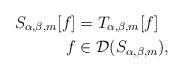
\begin{align*}S_{\alpha,\beta,m}[f] & =T_{\alpha, \beta,m}[f]\\f & \in\mathcal{D}(S_{\alpha,\beta,m}),\end{align*}